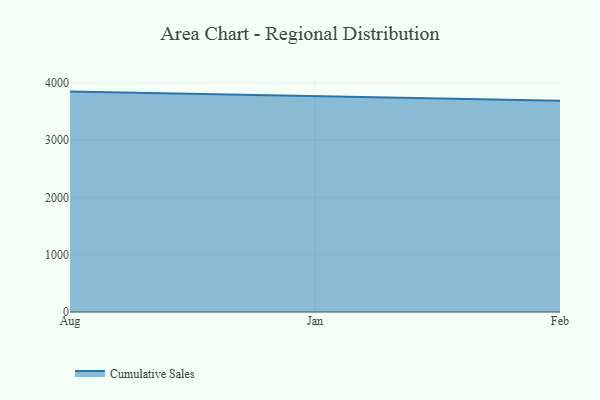
{"axis": {"x": "Month", "y": "Production Output"}, "legend": ["Cumulative Sales"], "data": [{"x": "Aug", "y": 3848.0, "type": "Cumulative Sales"}, {"x": "Jan", "y": 3775.2, "type": "Cumulative Sales"}, {"x": "Feb", "y": 3690.1, "type": "Cumulative Sales"}]}